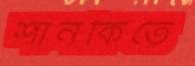
শানকিতে